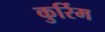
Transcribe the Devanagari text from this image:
कुर्रिम